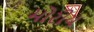
મોરીય